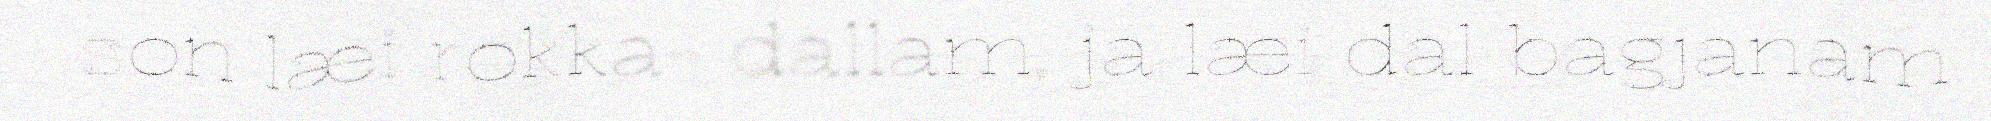
son læi rokka- dallam, ja læi dal bagjanam